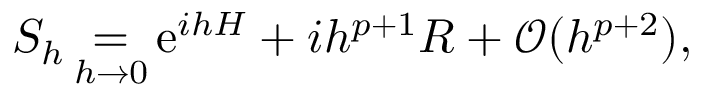
S _ { h } \mathop { = } _ { h \to 0 } \ensuremath { \mathrm { e } } ^ { i h H } + i h ^ { p + 1 } R + \mathcal { O } ( h ^ { p + 2 } ) ,